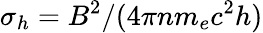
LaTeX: \sigma_{h}=B^{2}/(4\pi nm_{e}c^{2}h)